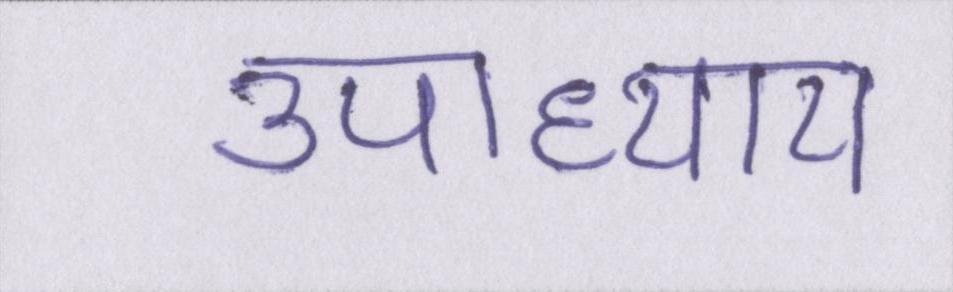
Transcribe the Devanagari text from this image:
उपाध्याय